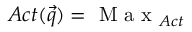
A c t ( \vec { q } ) = \mathrm { ~ M ~ a ~ x ~ } _ { A c t }